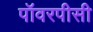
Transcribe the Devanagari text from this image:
पॉवरपीसी